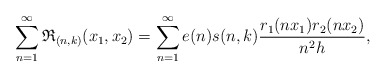
\begin{align*}\sum_{n=1}^{\infty} \mathfrak{R}_{(n,k)}(x_1,x_2)=\sum_{n=1}^{\infty} e(n) s(n,k) \frac{r_1 (n x_1) r_2 (n x_2)}{n^2 h},\end{align*}